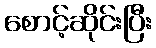
စောင့်ဆိုင်းပြီး